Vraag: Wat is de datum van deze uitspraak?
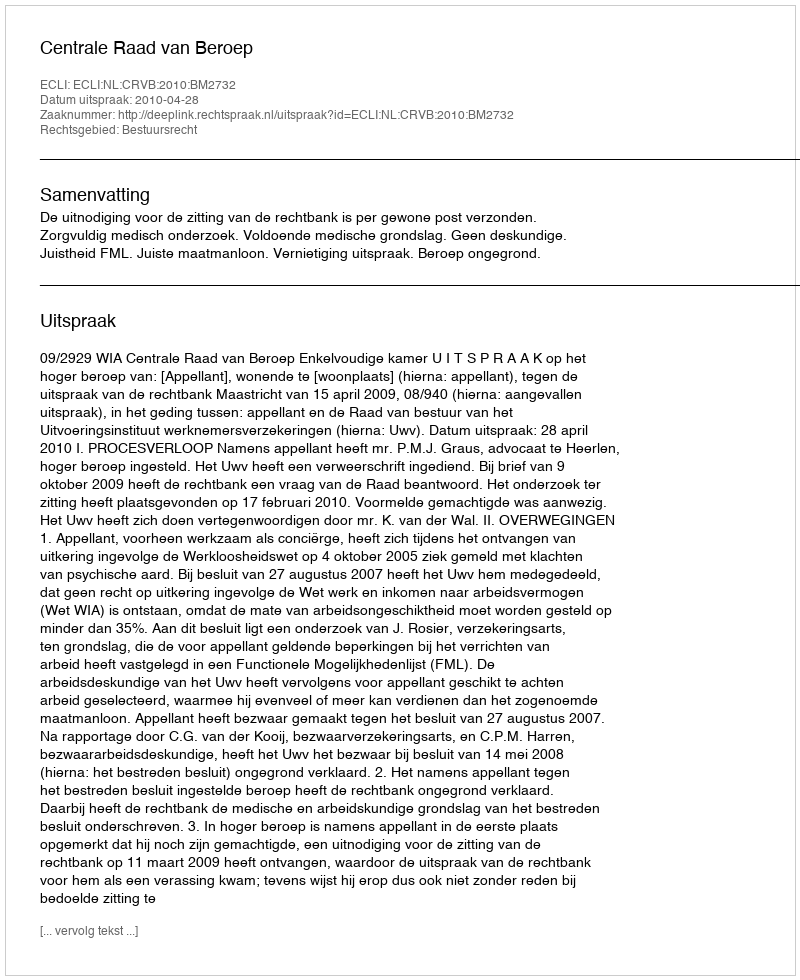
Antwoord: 2010-04-28